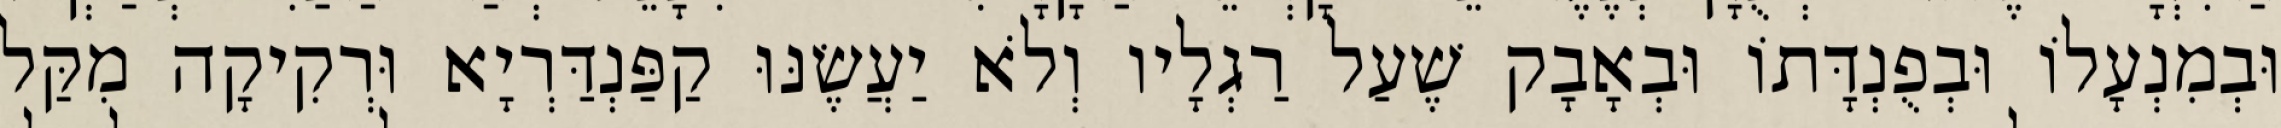
וּבְמִנְעָלוֹ וּבְפֻנְדָּתוֹ וּבְאָבָק שֶׁעַל רַגְלָיו וְלֹא יַעֲשֶׂנּוּ קַפַּנְדַּרְיָא וּרְקִיקָה מִקַּל